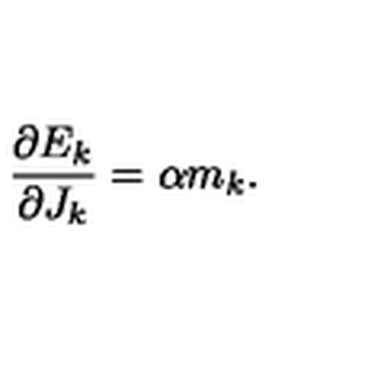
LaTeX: \frac { \partial E _ { k } } { \partial J _ { k } } = \alpha m _ { k } .